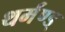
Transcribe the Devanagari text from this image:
थर्मंण्ड्